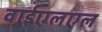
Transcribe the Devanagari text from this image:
वाईएलएल